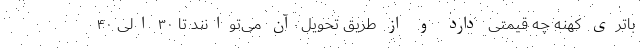
باتری کهنه چه قیمتی دارد و از طریق تحویل آن می‌توانند تا ۳۰ الی ۴۰